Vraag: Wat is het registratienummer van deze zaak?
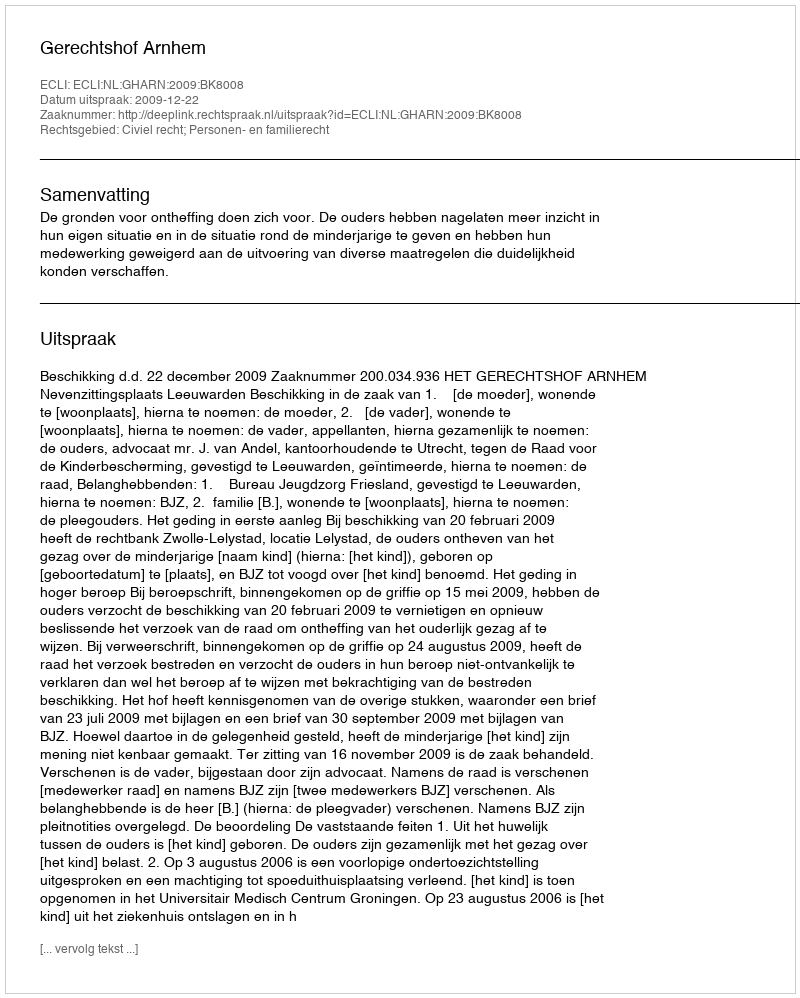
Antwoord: http://deeplink.rechtspraak.nl/uitspraak?id=ECLI:NL:GHARN:2009:BK8008